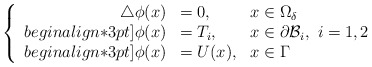
\begin{align*} \left\{\begin{array}{r l l }\triangle \phi(x) & = 0, & x\in\Omega_ \delta\\begin{align*}3pt]\phi(x) & =T_i, & \displaystyle x\in\partial \mathcal{B}_i,~i=1,2\\begin{align*}3pt]\phi(x) & = U(x) , & x\in\Gamma\end{array}\right.\end{align*}